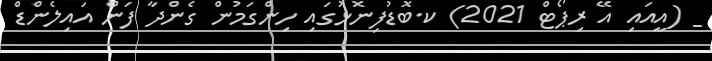
_ (އީއައި އޭ ރިޕޯޓް 2021) ކ.ބޮޑުފިނޮޅުގައި ހިންގަމުން ގެންދާ ފަން އައިލެންޑް